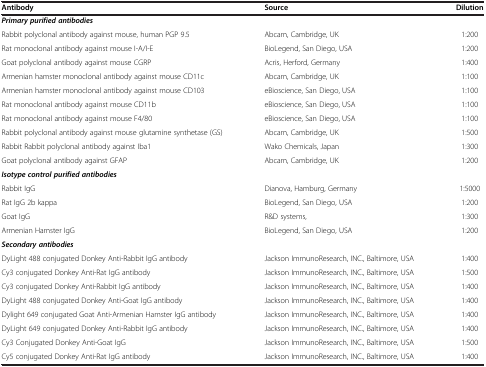
| Antibody | Source | Dilution |
 | --- | --- | --- |
 | <COLSPAN=3> Primary purified antibodies |
 | Rabbit polyclonal antibody against mouse, human PGP 9.5 | Abcam, Cambridge, UK | 1:200 |
 | Rat monoclonal antibody against mouse I-A/I-E | BioLegend, San Diego, USA | 1:200 |
 | Goat polyclonal antibody against mouse CGRP | Acris, Herford, Germany | 1:400 |
 | Armenian hamster monoclonal antibody against mouse CD11c | Abcam, Cambridge, UK | 1:100 |
 | Armenian hamster monoclonal antibody against mouse CD103 | eBioscience, San Diego, USA | 1:100 |
 | Rat monoclonal antibody against mouse CD11b | eBioscience, San Diego, USA | 1:100 |
 | Rat monoclonal antibody against mouse F4/80 | eBioscience, San Diego, USA | 1:100 |
 | Rabbit polyclonal antibody against mouse glutamine synthetase (GS) | Abcam, Cambridge, UK | 1:500 |
 | Rabbit Rabbit polyclonal antibody against Iba1 | Wako Chemicals, Japan | 1:300 |
 | Goat polyclonal antibody against GFAP | Abcam, Cambridge, UK | 1:200 |
 | <COLSPAN=3> Isotype control purified antibodies |
 | Rabbit IgG | Dianova, Hamburg, Germany | 1:5000 |
 | Rat IgG 2b kappa | BioLegend, San Diego, USA | 1:200 |
 | Goat IgG | R&D systems, | 1:300 |
 | Armenian Hamster IgG | BioLegend, San Diego, USA | 1:200 |
 | <COLSPAN=3> Secondary antibodies |
 | DyLight 488 conjugated Donkey Anti-Rabbit IgG antibody | Jackson ImmunoResearch, INC., Baltimore, USA | 1:400 |
 | Cy3 conjugated Donkey Anti-Rat IgG antibody | Jackson ImmunoResearch, INC., Baltimore, USA | 1:500 |
 | Cy3 conjugated Donkey Anti-Rabbit IgG antibody | Jackson ImmunoResearch, INC., Baltimore, USA | 1:400 |
 | DyLight 488 conjugated Donkey Anti-Goat IgG antibody | Jackson ImmunoResearch, INC., Baltimore, USA | 1:400 |
 | Dylight 649 conjugated Goat Anti-Armenian Hamster IgG antibody | Jackson ImmunoResearch, INC., Baltimore, USA | 1:400 |
 | DyLight 649 conjugated Donkey Anti-Rabbit IgG antibody | Jackson ImmunoResearch, INC., Baltimore, USA | 1:400 |
 | Cy3 Conjugated Donkey Anti-Goat IgG | Jackson ImmunoResearch, INC., Baltimore, USA | 1:500 |
 | Cy5 conjugated Donkey Anti-Rat IgG antibody | Jackson ImmunoResearch, INC., Baltimore, USA | 1:400 |